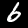
Digit: 6